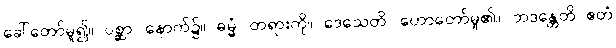
ခေါ်တော်မူ၍။ ပစ္ဆာ၊ နောက်၌။ ဓမ္မံ၊ တရားကို။ ဒေသေတိ၊ ဟောတော်မူ၏။ ဘဒန္တေတိ ဧတံ